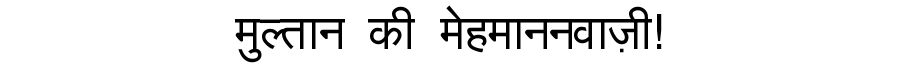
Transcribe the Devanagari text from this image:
मुल्तान की मेहमाननवाज़ी!